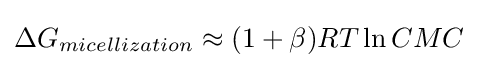
\Delta G_{micellization}\approx (1+\beta )RT\ln CMC